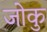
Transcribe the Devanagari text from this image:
जोकु